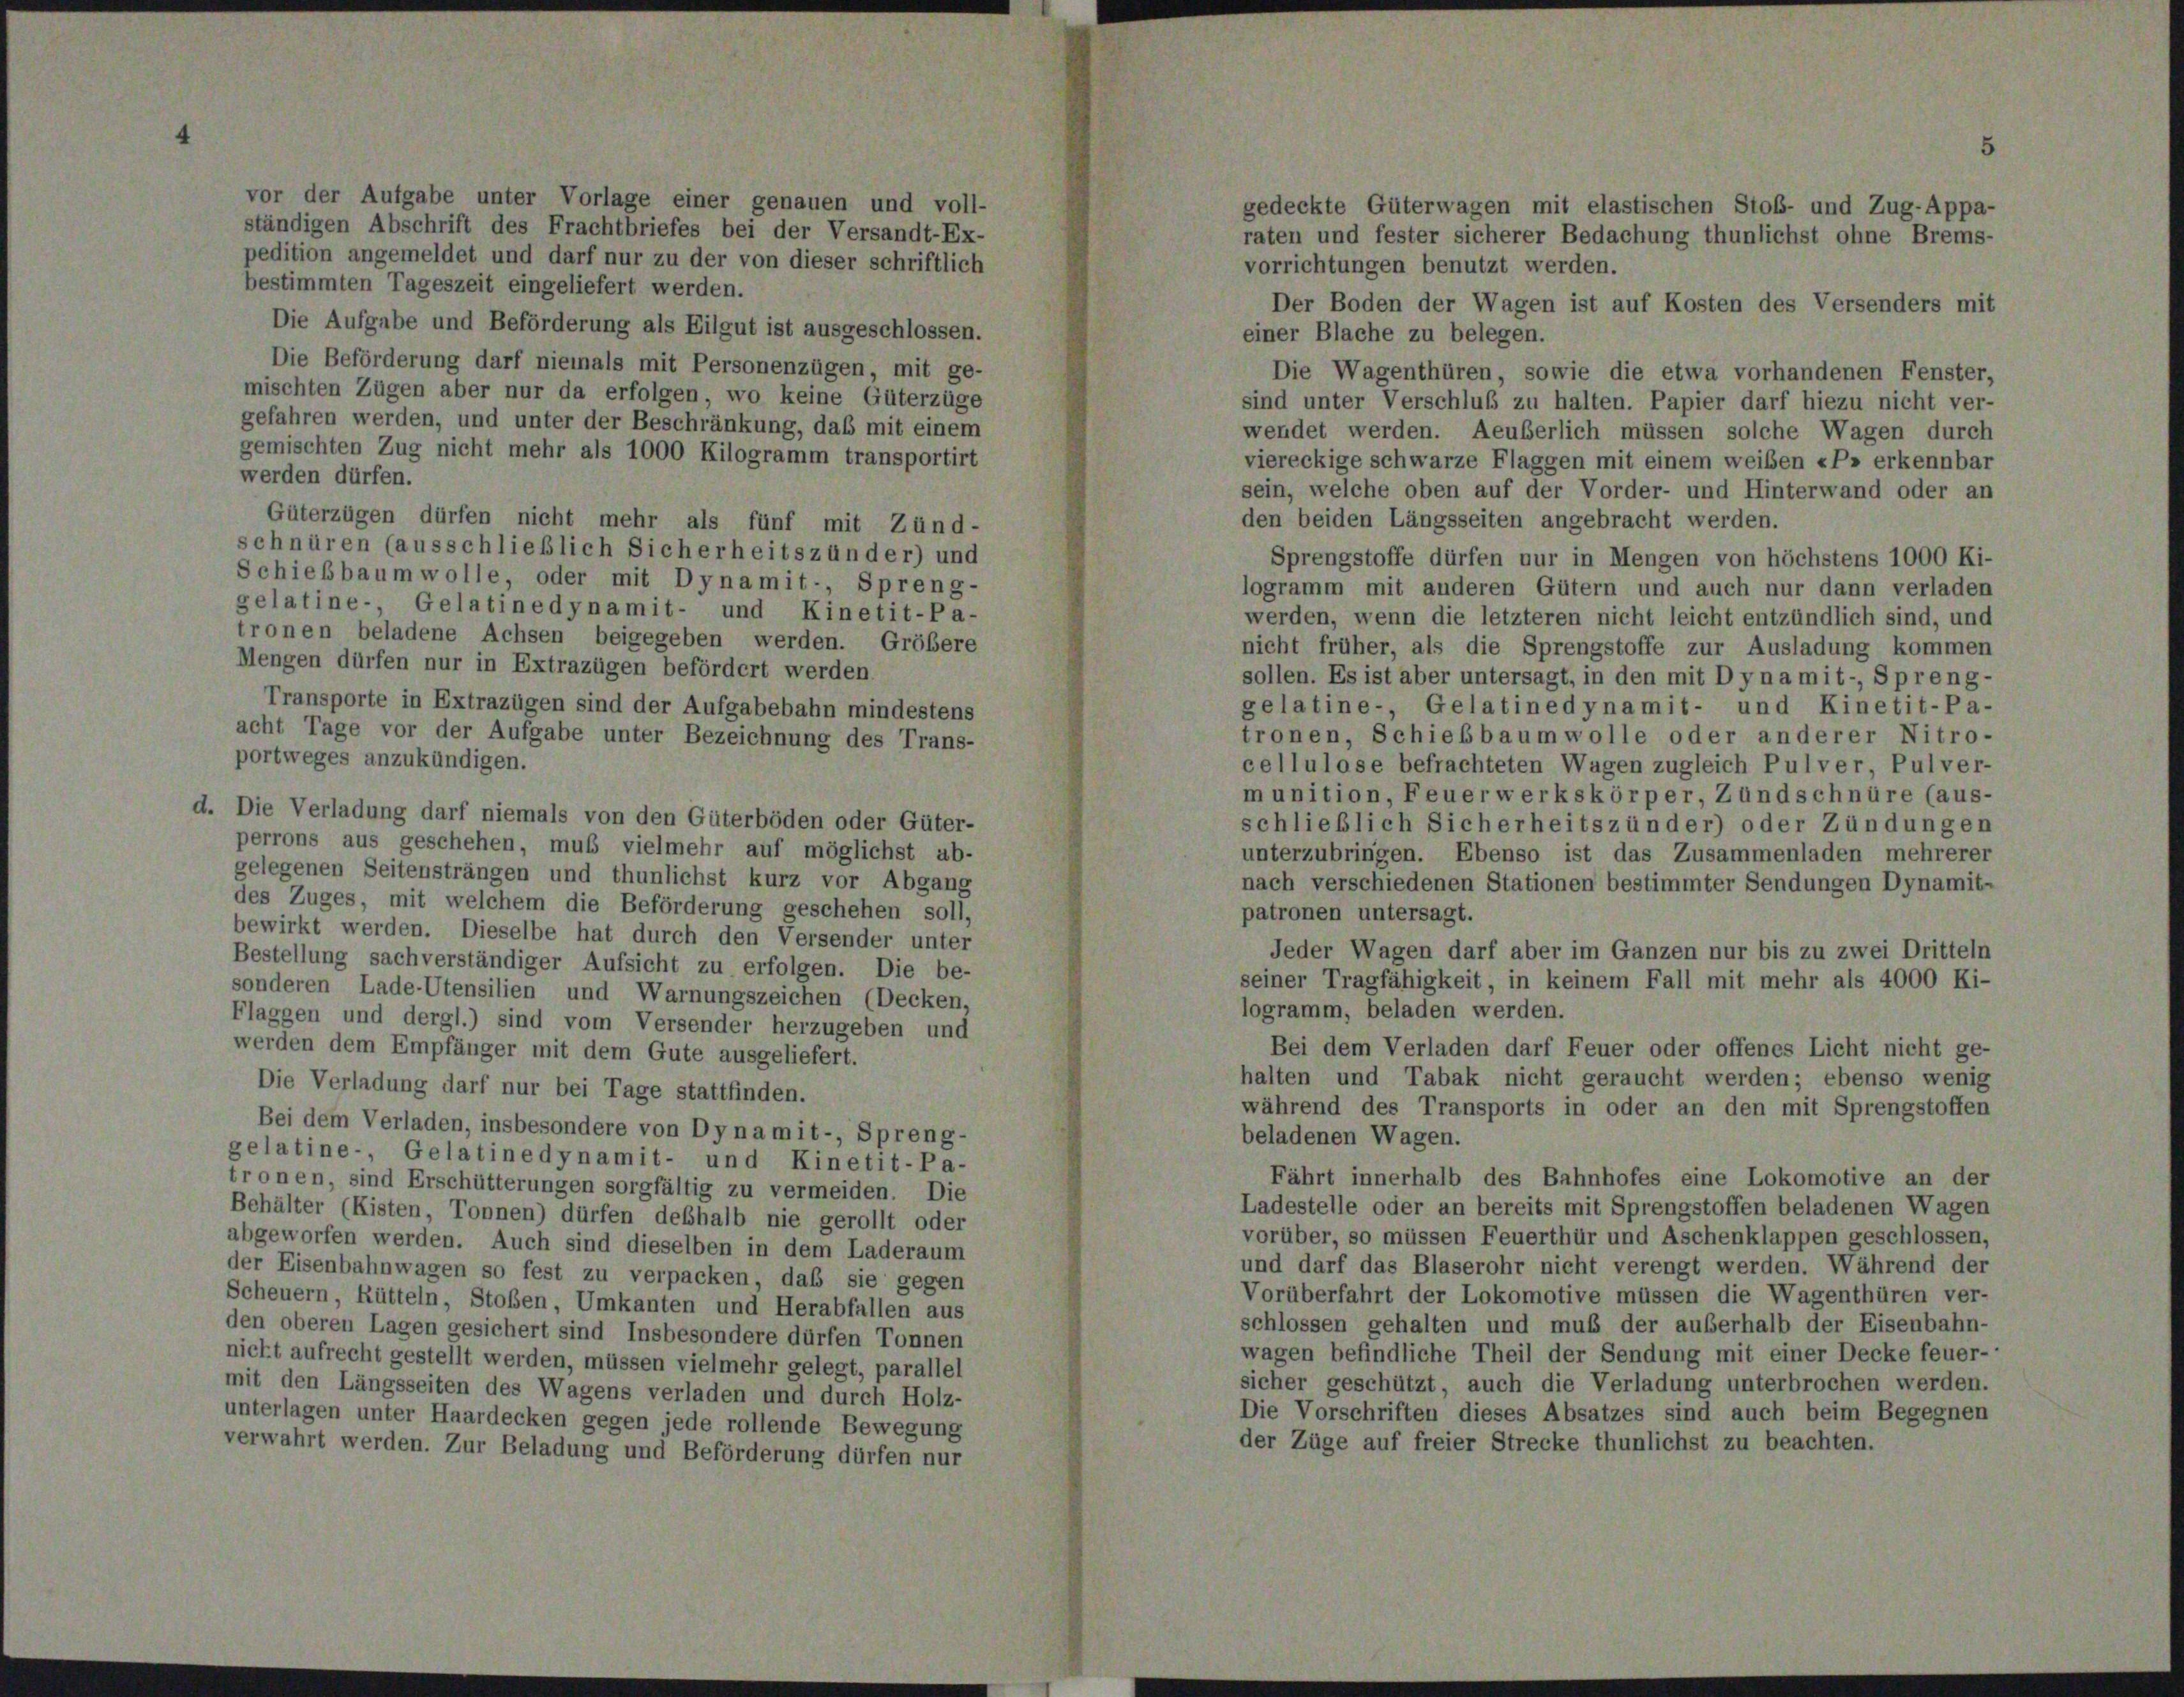
vor der Aufgabe unter Vorlage einer genauen und voll-
ständigen Abschrift des Frachtbriefes bei der Versandt-Ex-
pedition angemeldet und darf nur zu der von dieser schriftlich
vorrichtungen benutzt werden.
bestimmten Tageszeit eingeliefert werden.
Der Boden der Wagen ist auf Kosten des Versenders mit
Die Aufgabe und Beförderung als Eilgut ist ausgeschlossen.
einer Blache zu belegen.
Die Beförderung darf niemals mit Personenzügen, mit ge-
Die Wagenthüren, sowie die etwa vorhandenen Fenster,
mischten Zügen aber nur da erfolgen wo keine Güterzüge
sind unter Verschluß zu halten. Papier darf hiezu nicht ver-
gefahren werden, und unter der Beschränkung, daß mit einem
wendet werden. Aeußerlich müssen solche Wagen durch
gemischten Zug nicht mehr als 1000 Kilogramm transportirt
viereckige schwarze Flaggen mit einem weiben «P» erkennbar
werden dürfen.
sein, welche oben auf der Vorder- und Hinterwand oder an
Güterzügen dürfen nicht mehr als fünf mit Zünd-
den beiden Längsseiten angebracht werden.
schnüren (ausschließlich Sicherheitszünder) und
Sprengstoffe dürfen nur in Mengen von höchstens 1000 Ki-
Schiebbaumwolle, oder mit Dynamit-, Spreng-
logramm mit anderen Gütern und auch nur dann verladen
gelatine-, Gelatinedynamit- und Kinetit-Pa-
werden, wenn die letzteren nicht leicht entzündlich sind, und
tronen beladene Achsen beigegeben werden. Gröbere
nicht früher, als die Sprengstoffe zur Ausladung kommen
Mengen dürfen nur in Extrazügen befördert werden
sollen. Es ist aber untersagt, in den mit Dyna mit-, Spreng-
Transporte in Extrazügen sind der Aufgabebahn mindestens
gelatine-, Gelatinedynamit- und Kinetit-Pa-
acht Tage vor der Aufgabe unter Bezeichnung des Trans-
tronen, Schiebbaumwolle oder anderer Nitro-
portweges anzukündigen.
cellulose befrachteten Wagen zugleich Pulver, Pulver-
munition, Feuerwerkskörper, Zündschnüre (aus-
d. Die Verladung darf niemals von den Güterböden oder Güter-
schließlich Sicherheitszünder) oder Zündungen
perrons aus geschehen, muß vielmehr auf möglichst ab-
unterzubringen. Ebenso ist das Zusammenladen mehrerer
gelegenen Seitensträngen und thunlichst kurz vor Abgang
nach verschiedenen Stationen bestimmter Sendungen Dynamit-
des Zuges, mit welchem die Beförderung geschehen soll,
patronen untersagt.
bewirkt werden. Dieselbe hat durch den Versender unter
Jeder Wagen darf aber im Ganzen nur bis zu zwei Dritteln
Bestellung sachverständiger Aufsicht zu erfolgen. Die be-
seiner Tragfähigkeit, in keinem Fall mit mehr als 4000 Ki-
sonderen Lade-Utensilien und Warnungszeichen (Decken,
logramm, beladen werden.
Flaggen und dergl.) sind vom Versender herzugeben und
Bei dem Verladen darf Feuer oder offenes Licht nicht ge-
werden dem Empfänger mit dem Gute ausgeliefert.
halten und Tabak nicht geraucht werden; ebenso wenig
Die Verladung darf nur bei Tage stattfinden.
während des Transports in oder an den mit Sprengstoffen
Bei dem Verladen, insbesondere von Dynamit- Spreng-
beladenen Wagen.
gelatine-, Gelatinedynamit- und Kinetit-Pa-
Fährt innerhalb des Bahnhofes eine Lokomotive an der
tronen, sind Erschütterungen sorgfältig zu vermeiden. Die
Ladestelle oder an bereits mit Sprengstoffen beladenen Wagen
Behälter (Kisten, Tonnen) dürfen deshalb nie gerollt oder
vorüber, so müssen Feuerthür und Aschenklappen geschlossen,
abgeworfen werden. Auch sind dieselben in dem Laderaum
und darf das Blaserohr nicht verengt werden. Während der
der Eisenbahnwagen so fest zu verpacken, daß sie gegen
Vorüberfahrt der Lokomotive müssen die Wagenthüren ver-
Scheuern, Rütteln, Stoßen, Umkanten und Herabfallen aus
schlossen gehalten und muß der außerhalb der Eisenbahn-
den oberen Lagen gesichert sind Insbesondere dürfen Tonnen
wagen befindliche Theil der Sendung mit einer Decke feuer-
nickt aufrecht gestellt werden, müssen vielmehr gelegt, parallel
sicher geschützt, auch die Verladung unterbrochen werden.
mit den Längsseiten des Wagens verladen und durch Holz-
Die Vorschriften dieses Absatzes sind auch beim Begegnen
unterlagen unter Haardecken gegen jede rollende Bewegung
der Züge auf freier Strecke thunlichst zu beachten.
verwahrt werden. Zur Beladung und Beförderung dürfen nur

gedeckte Güterwagen mit elastischen Stoß- und Zug-Appa-
raten und fester sicherer Bedachung thunlichst ohne Brems-